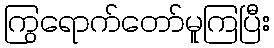
ကြွရောက်တော်မူကြပြီး